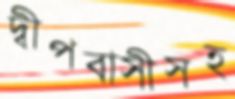
দ্বীপবাসীসহ